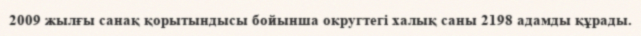
2009 жылғы санақ қорытындысы бойынша округтегі халық саны 2198 адамды құрады.